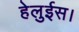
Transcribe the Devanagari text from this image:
हेलुईस।